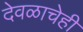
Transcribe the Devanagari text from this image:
देवळाचेही